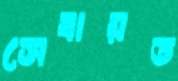
সেবায়ত